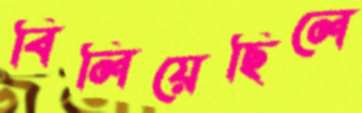
বিলিয়েছিলে